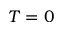
T = 0